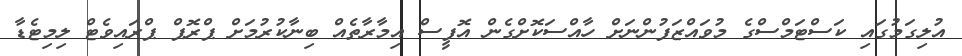
އުލިގަމުގައި ކަސްޓަމްސްގެ މުވައްޒަފުންނަށް ހާއްސަކޮށްގެން އޮފީސް އިމާރާތެއް ބިނާކުރުމަށް ޕްރޮޕް ޕްރައިވެޓް ލިމިޓެޑާ